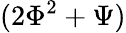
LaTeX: (2\Phi^{2}+\Psi)